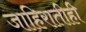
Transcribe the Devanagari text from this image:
जाहिरातीही